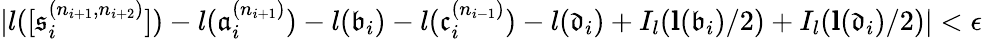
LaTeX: |l([\mathfrak{s}_{i}^{(n_{i+1},n_{i+2})}])-l(\mathfrak{a}_{i}^{(n_{i+1})})-l(\mathfrak{b}_{i})-l(\mathfrak{c}_{i}^{(n_{i-1})})-l(\mathfrak{d}_{i})+I_{l}(\mathbf{{l}}(\mathfrak{b}_{i})/2)+I_{l}(\mathbf{{l}}(\mathfrak{d}_{i})/2)|<\epsilon